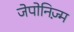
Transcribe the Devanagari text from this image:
जेपोनिज़्म